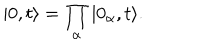
\vert 0 , t \rangle = \prod _ { \alpha } \vert 0 _ { \alpha } , t \rangle .